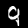
Digit: 9